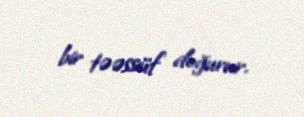
bir təəssüf doğurur.